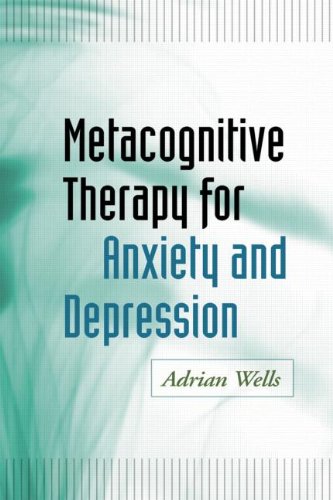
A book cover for Metacognitive Therapy for Anxiety and Depression; Adrian Wells; Christian Books & Bibles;